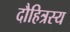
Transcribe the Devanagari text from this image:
दौहित्रस्य